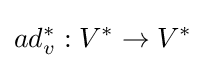
ad_{v}^{*}:V^{*}\rightarrow V^{*}